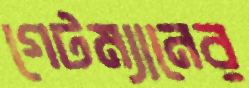
গেটম্যানের